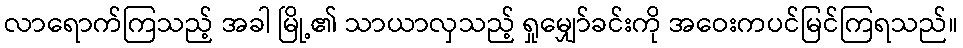
လာရောက်ကြသည့် အခါ မြို့၏ သာယာလှသည့် ရှုမျှော်ခင်းကို အဝေးကပင်မြင်ကြရသည်။